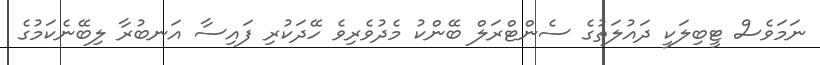
ނަމަވެސް ޓީބިލަކީ ދައުލަތުގެ ސެންޓްރަލް ބޭންކު މެދުވެރިވެ ހޭދަކުރި ފައިސާ އަނބުރާ ލިބޭނެކަމުގެ